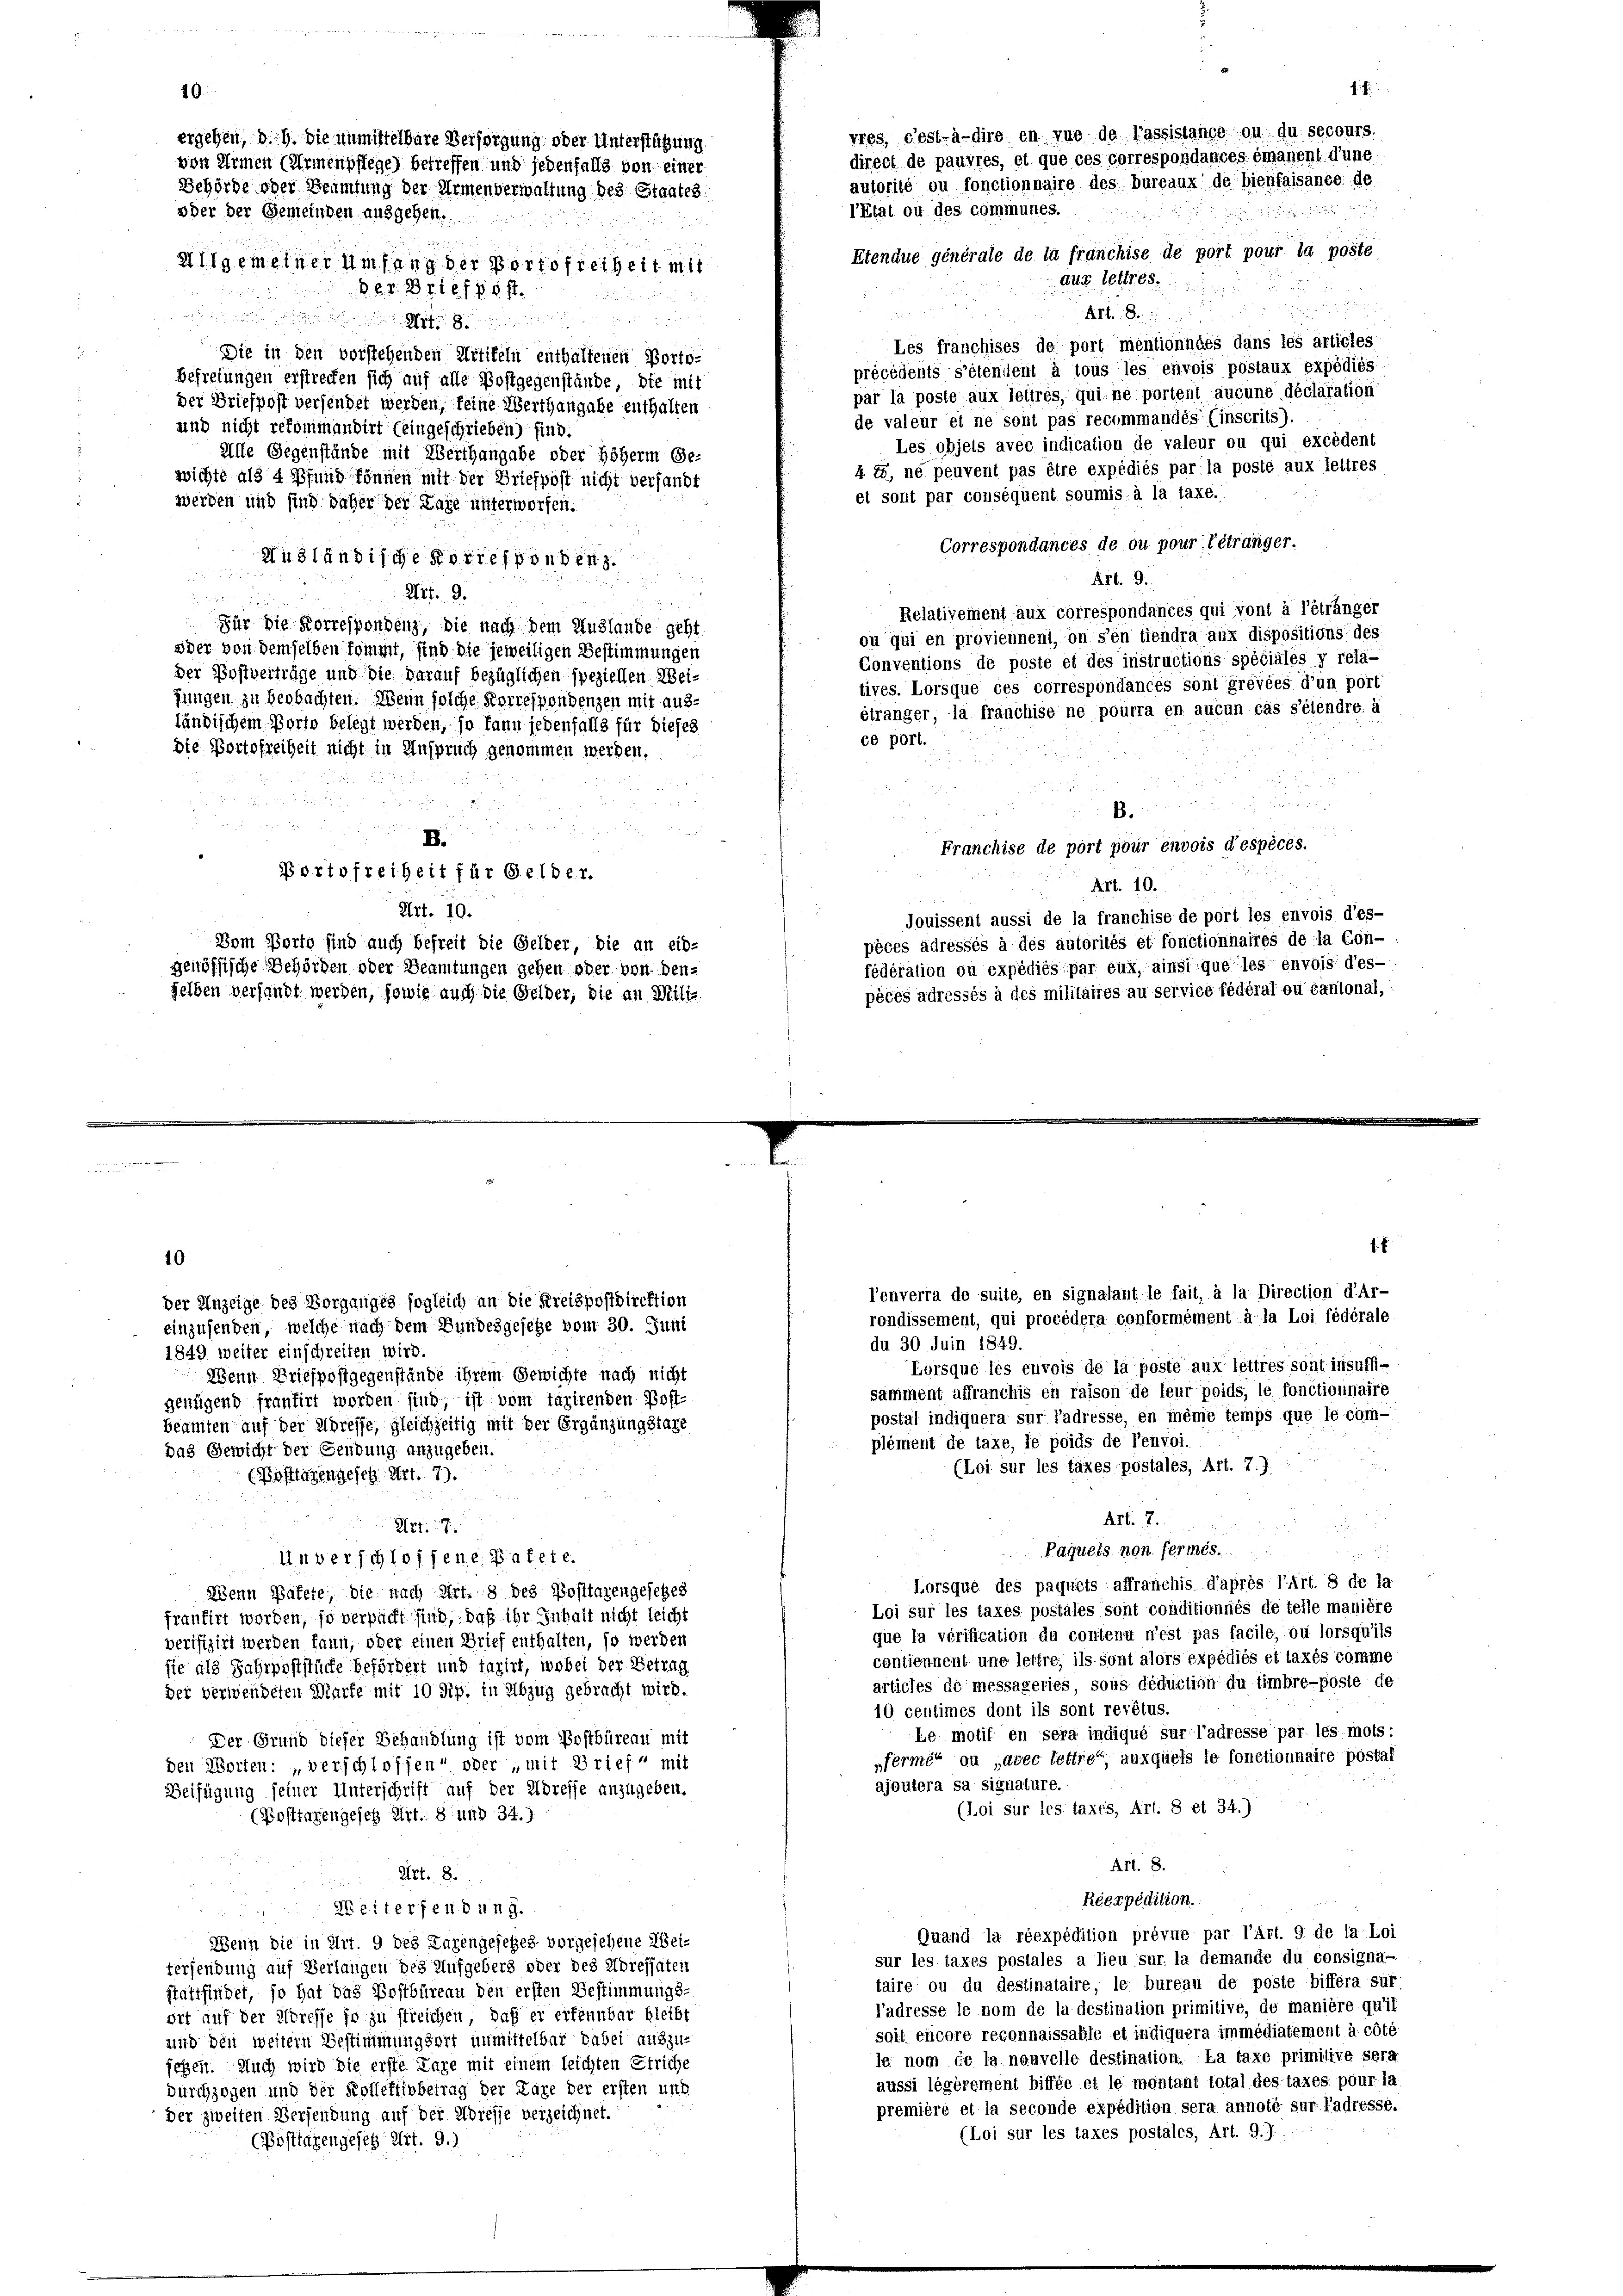
a

40

Etendue générale de la franchise de port pour la poste
lgemeiner Umfang der Portofreiheit mit
Au betr. 65.
 67. 2710 f 30 f

Art. 8.
 rangen den genen den sein
Les franchises de port mentionnées dans les articles
Die in den vorstehenden Uitikeln enthaltenen Porto-
précédents s’étendent à tous les envois postaux expédiés
Befreiungen erstrechen sich auf alle Postgegenstände, die mit
par la poste aux leitres, qui ne portent aucune déclaration
der Briefpost versendet werden, feine Werthangabe enthalten
de valeur et ne sont pas recommandés (inscrits).
und nicht rekommandirt (eingeschrieben) find.
Les objets avec indication de valeur ou qui excédent
Alle Gegenstände mit Werthangabe oder höherm Ge-
4. i, ne peuvent pas être expédiés par la poste aux feltres
wichte als 4 Pfund können mit der Briefpost nicht versandt
et sont par conséquent soumis à la taxe.
werden und sind daher der Lage unterworfen.
Correspondances de ou pour l’étranger.
Nudländische Korresponden.
r
Art. 9:
Art. 9.
.

Relativement aux correspondances qui vont à l’étranger
Für die Korrespondenz, die nach dem Auslande geht
ou qui en proviennent, on s’en tiendra aux dispositions des
oder von demselben kommt, sind die jeweiligen Bestimmungen
Conventions de poste et des instructions spéciales y rela-
der Postverträge und die Darauf bezüglichen speziellen Weitives. Lorsque ces correspondances sont grevées d’un port
jungen zu beobachten. Wenn solche Korrespondenzen mit ausétranger, la franchise ne pourra en aucun cas s’élendre à
ländischem Porto belegt werden, so kann jedenfalls für dieses
cé port.
die Portofreiheit nicht in Anspruch genommen werden.

B.
d z. B.
B.
Franchise de port pour envois d’espèces.
Portofreiheit für Gelder.
Art. 10.
Art. 10.
douissent aussi de la franchise de port les envois d’es-
pèces adressés à des autorités et fonctionnaires de la Con-
Dom Porto sind auch befreit die Gelder, die an eid-
fédération ou expédiés par eux, ainsi que les envois des-
iössische Behörden oder Beamtungen gehen oder von den-
gelben versandt werden, sowie auch die Gelder, die an Milipèces adressés à des militaires au service fédéral ou cantonal,

ergehen, d. h. die unmittelbare Versorgung oder Unterstützung
von Armen (Armenpflege) betreffen und jedenfalls von einer
Behörde oder Beamtung der Armenverwaltung des Staates.
oder der Gemeinden ausgehen.

10.
der Anzeige des Vorganges sogleich an die Kreispostdirektion
einzusenden, welche nach dem Bundesgesetze vom 30. Juni
1849 weiter einschreiten wird.
Wenn Briefpostgegenstände ihrem Gewichte nach nicht
genügend frantirt worden sind, ist vom taxirenden Post-
beamten auf der Adresse, gleichzeitig mit der Ergänzungstaxe
das Gewicht der Gendung anzugeben.
(Posttagen gesetz Art. 7).
n
Art. 17.
Unverschlossene Pakete.
abenn Matete; die nach Art. 8 des Posttagengesetzes
frantirt worden, so verpacht sind, daß ihr Inhalt nicht leicht
verifizirt werden kann, oder einen Brief enthalten, so werden
sie als Fahrpoststücke befördert und taxirt, wobei der Betrag
der verwendeten Marte mit 10 Rp. in Abzug gebracht wird.
Der Grund dieser Behandlung ist vom Postbüreau mit
den Worten: verschlossen oder mit Brief“ mit
Beifügung seiner Unterschrift auf der Adresse anzugeben.
(Posttagengeseh lit. 8 und 34.)
Art. 8.
Weiterfendung.
Wenn die in Art. 9 des Tagengesetzes vorgesehene Weitersendung auf Verlangen des Aufgebers oder des Adressaten
stattfindet, so hat das Postbüreau den ersten Bestimmungs-
oit auf der Eldresse so zu streichen, daß er erkennbar bleibt
wird den weitern Bestimmungsort unmittelbar dabei auszu-
fehen. Auch wird die erste Lage mit einem leichten Striche
durchzogen und der Kollektivbetrag der Lage der ersten und
der zweiten Versendung auf der Adresse verzeichnet.
(Posttagengesetz Art. 9.)

f
vres, cest-à-dire en vue de lassistance ou du secours.
direct de pauvres, et que ces correspondances émanent d’une
autorité ou fonctionnaire des bureaux de bienfaisance de

l’Etat ou des communes.

l’enverra de suite, en signalant le fait, à la Direction d’Ar-
rondissement, qui procédera conformément à la Loi fédérale
du 30 Juin 1849.
Lorsque les cuvois de la posté aux lettres sont insuffi-
samment affranchis en raison de leur poids, le fonctionnaire
postal indiquera sur l’adresse, en même temps que le com-
plément de taxe, le poids de l’envoi.
(Loi sur les taxes postales, Art. 7.).
Art. 7.

Paquets non fermés.
Lorsque des paquets affranchis d’après l’Art. 8 de la
Loi sur les taxes postales sont conditionnés de telle manière
que la vérification du contenu n’est pas facile, ou lorsqu’ils
contiennent une lettre, ils sont alors expédiés et taxés comme
articles de messageries sous déduction du timbre-poste de
10 centimes dont ils sont revêtus.
Le motif en sera indiqué sur l’adresse par les mots:
„fermés ou „avec lettre“, auxquels le fonctionnaire postal
ajoutera sa signature.
(Loi sur les taxes, Art. 8 et 34.)
Art. 8.
Réexpédition.
Quand la réexpédition prévue par l’Art. 9 de la Loi
sur les taxes poslales a lieu sur la demande du consigna-
taire ou du destinataire le bureau de poste biffera sur
l’adresse le nom de la destination primitive, de manière qu’il
soit encore reconnaissable et indiquera immédiatement à côté
le nom de la nouvelle destination. La taxe primitive sera
aussi légérement biffée et le montant total des taxes pour la
première et la seconde expédition sera annoté sur ladresse.
(Loi sur les taxes postales, Art. 9.)

1